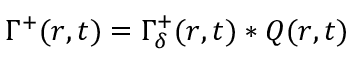
\Gamma ^ { + } ( r , t ) = \Gamma _ { \delta } ^ { + } ( r , t ) \ast Q ( r , t )